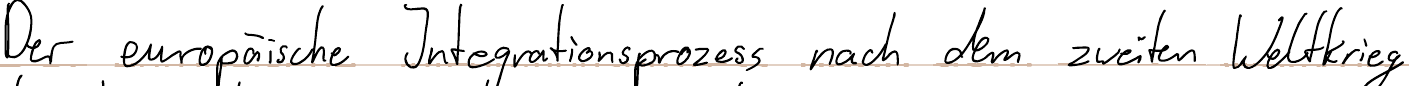
Der europäische Integrationsprozess nach dem zweiten Weltkrieg